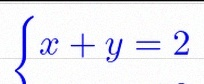
\begin{cases}x+y=2\\x-y=0\end{cases}